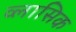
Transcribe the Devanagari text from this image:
व्लासिक